Calcutta medical institutions reports 1871-78
Year: 1871
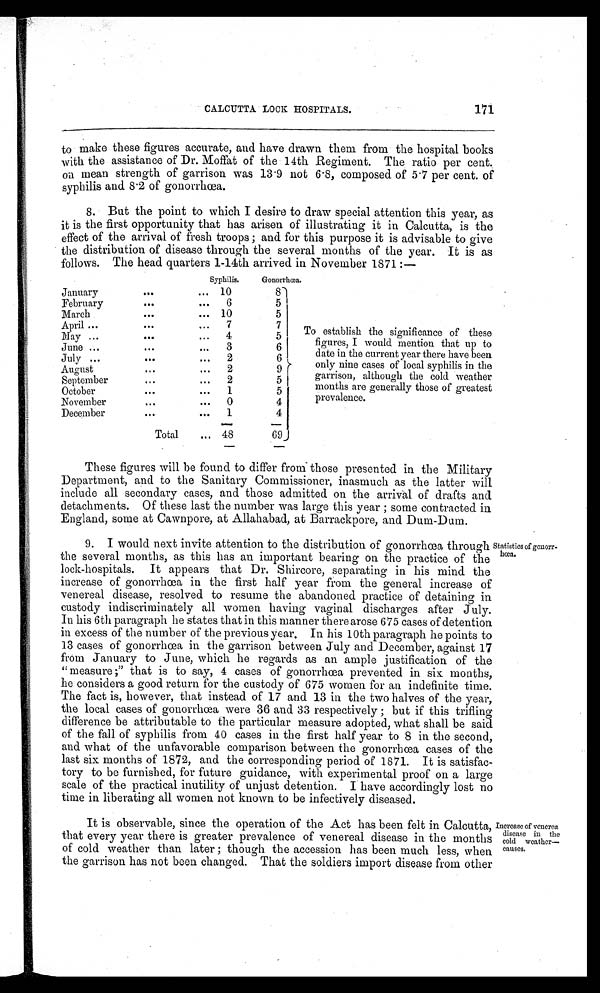
CALCUTTA LOCK HOSPITALS.
171
to make these figures accurate, and have drawn them from the hospital books
with the assistance of Dr. Moffat of the 14th Regiment. The ratio per cent.
on mean strength of garrison was 13 . 9 not 6·8, composed of 5 . 7 per cent. of
syphilis and 8·2 of gonorrhœa.
8. But the point to which I desire to draw special attention this year, as
it is the first opportunity that has arisen of illustrating it in Calcutta, is the
effect of the arrival of fresh troops; and for this purpose it is advisable to give
the distribution of disease through the several months of the year. It is as
follows. The head quarters 1-14th arrived in November 1871:—
Syphilis.
Gonorrhœa.
January
. . .
...
10
8
February
. . .
. . . 6
5
March
. . .
. . .
1 0
5
April
. . .
. . . 7
7
To establish the significance of these
figures, I would mention that up to
date in the current year there have been
only nine cases of local syphilis in the
garrison, although the cold weather
months are generally those of greatest
prevalence.
May
. . .
. . . 4
5
June
. . .
...
3
6
July
. . .
...
2
6
August
...
...
2
9
September
. . .
...
2
5
October
. . .
...
1
5
November
...
. . . 0
4
December
. . .
. . . 1
4
Total
...
4 8
6 9
_
These figures will be found to differ from those presented in the Military
Department, and to the Sanitary Commissioner, inasmuch as the latter will
include all secondary cases, and those admitted on the arrival of drafts and
detachments. Of these last the number was large this year; some contracted in
England, some at Cawnpore, at Allahabad, at Barrackpore, and Dum-Dum.
9. I would next invite attention to the distribution of gonorrhœa through
the several months, as this has an important bearing on the practice of the
lock-hospitals. It appears that Dr. Shircore, separating in his mind the
increase of gonorrhœa in the first half year from the general increase of
venereal disease, resolved to resume the abandoned practice of detaining in
custody indiscriminately all women having vaginal discharges after July.
In his 6th paragraph he states that in this manner there arose 675 cases of detention
in excess of the number of the previous year, In his 10th paragraph he points to
13 cases of gonorrhœa in the garrison between July and December, against 17
from January to June, which he regards as an ample justification of the
"measure;" that is to say, 4 cases of gonorrhœa prevented in six months,
he considers a good return for the custody of 675 women for an indefinite time.
The fact is, however, that instead of 17 and 13 in the two halves of the year,
the local cases of gonorrhœa were 36 and 33 respectively; but if this trifling
difference be attributable to the particular measure adopted, what shall be said
of the fall of syphilis from 40 cases in the first half year to 8 in the second,
and what of the unfavorable comparison between the gonorrhœa cases of the
last six months of 1872, and the corresponding period of 1871. It is satisfac
-
tory be furnished, for future guidance, with experimental proof on a large
scale of the practical inutility of unjust detention. I have accordingly lost no
time in liberating all women not known to be infectively diseased.
i
It is observable, since the operation of the Act has been felt in Calcutta, Increase of yenerea
disease m the
that every year there is greater prevalence of venereal disease in the months cola weather—
of cold weather than later ; though the accession has been much less, when calms'
,
the garrison has not been changed. That the soldiers import disease from other
1